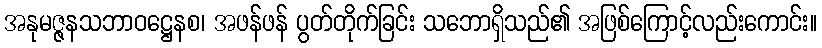
အနုမဇ္ဇနသဘာဝဋ္ဌေနစ၊ အဖန်ဖန် ပွတ်တိုက်ခြင်း သဘောရှိသည်၏ အဖြစ်ကြောင့်လည်းကောင်း။